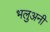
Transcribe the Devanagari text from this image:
भलुअनी